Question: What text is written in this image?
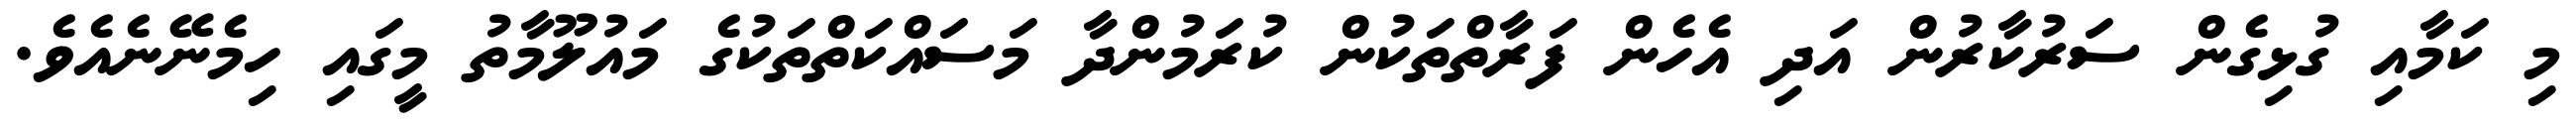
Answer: މި ކަމާއި ގުޅިގެން ސަރުކާރުން އަދި އެހެން ފަރާތްތަކުން ކުރަމުންދާ މަސައްކަތްތަކުގެ މައުލޫމާތު މީގައި ހިމެނޭނެއެވެ.